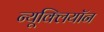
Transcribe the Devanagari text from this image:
न्यूक्लियॉन